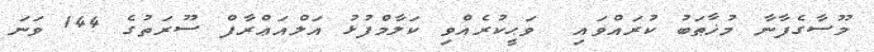
މޫސާގެފާނާ މުޚާޠަބު ކުރައްވައި  ވަޙީކުރެއްވި ކަލާމްފުޅު އަލްއަޢްރާފް ސޫރަތުގެ 144 ވަނަ